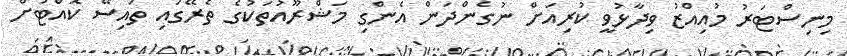
މިނިސްޓަރު މުއިއްޒު ވިދާޅުވީ ކުރިއަށް ނުގެންދަން އެންގި މަޝްރޫއުތަކުގެ ތެރޭގައި ތައިސޭ ކޮއްޓަށް